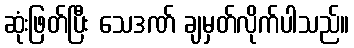
ဆုံးဖြတ်ပြီး သေဒဏ် ချမှတ်လိုက်ပါသည်။